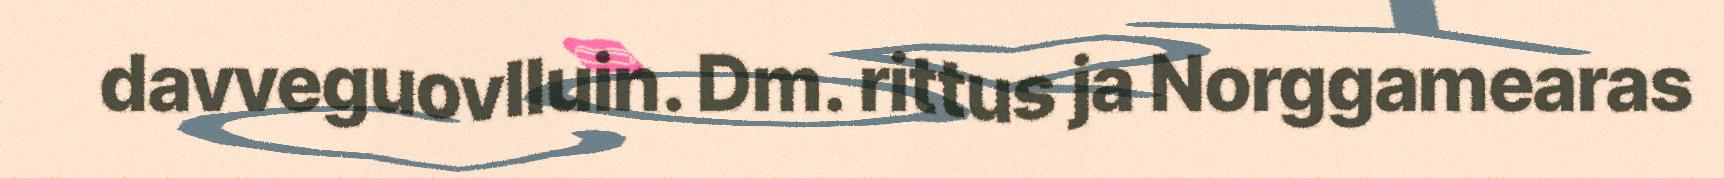
davveguovlluin. Dm. rittus ja Norggamearas